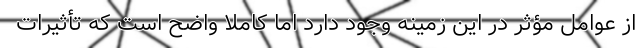
از عوامل مؤثر در این زمینه وجود دارد اما کاملاً واضح است که تأثیرات